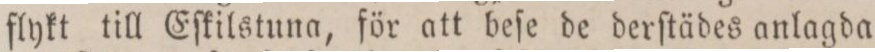
flykt till Eſkilstuna, för att beſe de derſtädes anlagda